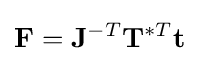
\mathbf {F} =\mathbf {J} ^{-T}\mathbf {T} ^{*T}\mathbf {t}